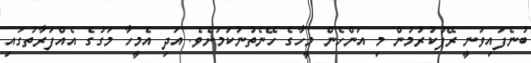
ބުނެފައިވަނީ ރޭޕުކުރުމުން މި އަންހެން މީހާގެ ހޭނެތުނުކަމަށެވެ. އަދި އެމީހާ މަގުގެ އެއްފަރާތުގައި